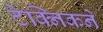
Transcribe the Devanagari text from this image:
टेक्निकने